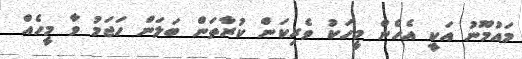
މައުމޫނު އަކީ އެހެން މީހަކު ވެރިކަން ކުރާތަން ބަލަން ހަޖަމު ވާ މީހެއް